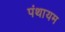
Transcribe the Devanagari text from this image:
पंथायम